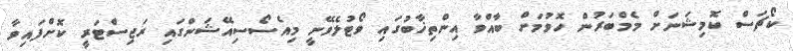
ކޯޗަސް ކޮމިޝަނަށް މެމްބަރުން ހޮވުމަށް ބާއްވާ އިންތިޚާބުގައި ވޯޓުލެވޭނީ މިއެސޯސިއޭޝަންގައި ރަޖިސްޓަރީ ކޮށްފައިވާ